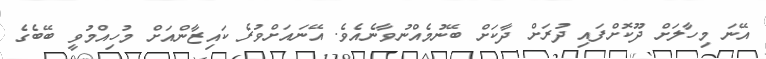
އޭނަ މިހާލަށް ދޫކޮށްފައި ދުރަށް ދާކަށް ބޭނުމެއްނުވާނެއެވެ. އޭނައަށްވުރެ ކައިޒާންއަށް މުހިއްމުވީ ބޭބެގެ